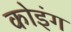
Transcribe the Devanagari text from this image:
कोइंग